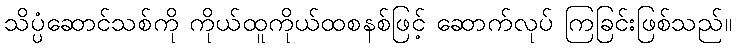
သိပ္ပံဆောင်သစ်ကို ကိုယ်ထူကိုယ်ထစနစ်ဖြင့် ဆောက်လုပ် ကြခြင်းဖြစ်သည်။